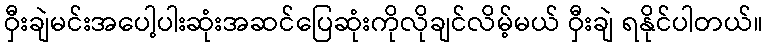
ဝှီးချဲမင်းအပေါ့ပါးဆုံးအဆင်ပြေဆုံးကိုလိုချင်လိမ့်မယ် ဝှီးချဲ ရနိုင်ပါတယ်။